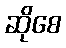
ဆိုစေ